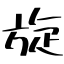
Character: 旋